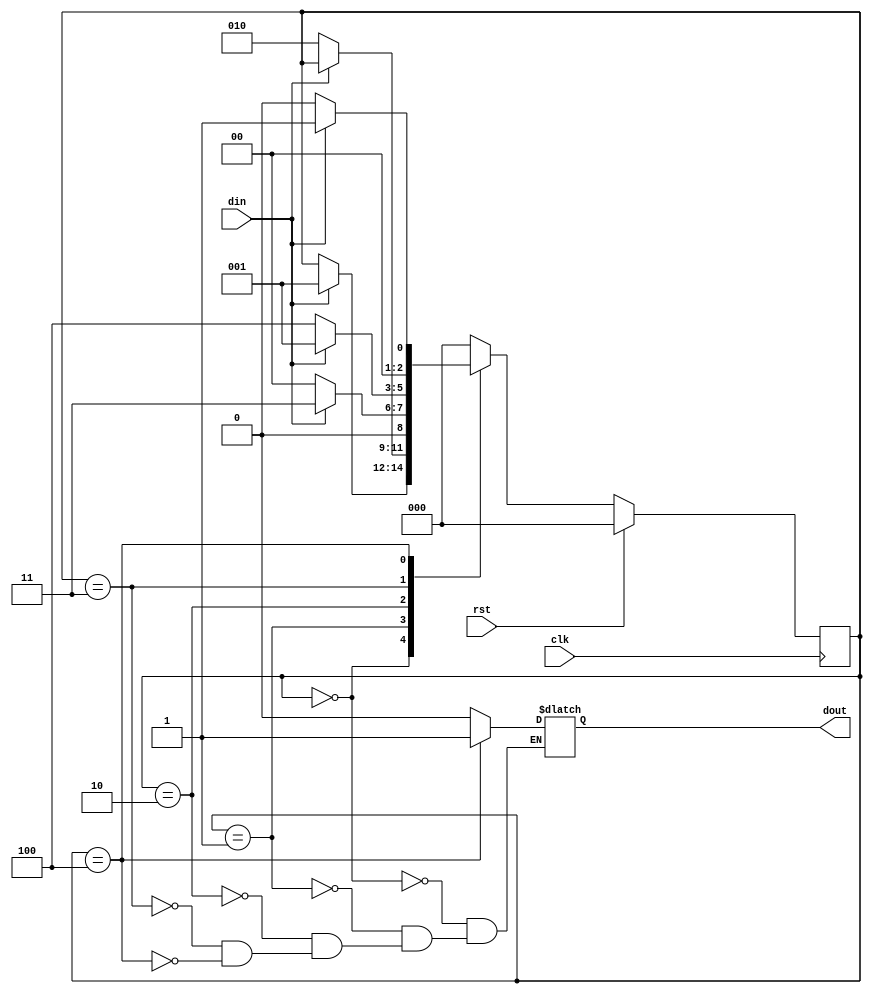
`timescale 1ns / 1ps
module moore(input din,clk,rst,
    output reg dout
    );
reg [2:0] cus,nst;
	 
parameter s0= 3'b000,
          s1= 3'b001,
			 s2= 3'b010,
			 s3= 3'b011,
			 s4= 3'b100;

always@(posedge clk)
begin
if(rst==1) begin
cus<= s0;end
else begin
cus<= nst; end
end

always@(din or cus)
begin
case(cus)
s0: if(din==1) begin
    nst = s1;
    dout = 1'b0; end
    else begin
    nst = cus;
    dout = 1'b0; end
s1: if(din==0) begin
    nst = s2;
    dout = 1'b0; end
    else begin
    nst = cus;
    dout = 1'b0; end	 
	 
s2: if(din==1) begin
    nst = s3;
    dout = 1'b0; end
    else begin
    nst = s0;
    dout = 1'b0; end
s3: if(din==0) begin
    nst = s4;
    dout = 1'b0; end
    else begin
    nst = s1;
    dout = 1'b0; end
	 
s4: if(din==1) begin
    nst = s1;
    dout = 1'b1; end
    else begin
    nst = s0;
    dout = 1'b1; end
	 default: nst =s0;
endcase
end


endmodule